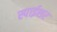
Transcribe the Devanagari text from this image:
स्पाईशर